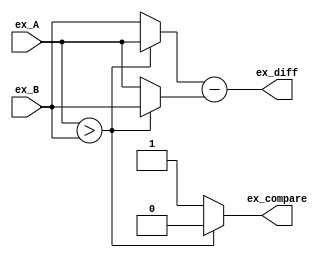
`timescale 1ns / 1ps
//////////////////////////////////////////////////////////////////////////////////
// Company: 
// Engineer: 
// 
// Design Name: 
// Module Name:    ex_comparison 
// Project Name: 
// Target Devices: 
// Tool versions: 
// Description: 
//
// Dependencies: 
//
// Revision: 
// Revision 0.01 - File Created
// Additional Comments: 
//
//////////////////////////////////////////////////////////////////////////////////
module ex_comparison(ex_A, ex_B, ex_compare, ex_diff);
	
	input [7:0] ex_A, ex_B;
	output ex_compare;
	output [7:0] ex_diff;
	
	assign ex_compare = (ex_A > ex_B) ? 0 : 1;
	//ex_A   0, ex_B   1  
	//ex  1
	
	wire [7:0] bigger  = (ex_compare) ? ex_B : ex_A;
	wire [7:0] smaller = (ex_compare) ? ex_A : ex_B;

	//unsigned 8bit subtraction
	assign ex_diff = bigger - smaller;	

endmodule